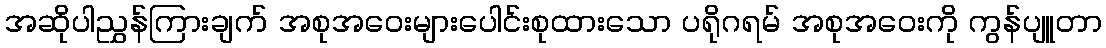
အဆိုပါညွှန်ကြားချက် အစုအဝေးများပေါင်းစုထားသော ပရိုဂရမ် အစုအဝေးကို ကွန်ပျူတာ